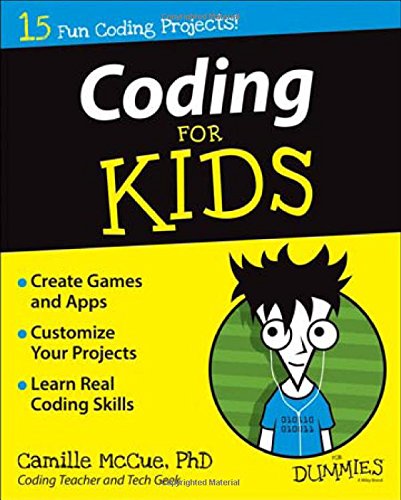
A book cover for Coding For Kids For Dummies; Camille McCue; Computers & Technology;